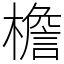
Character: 檐